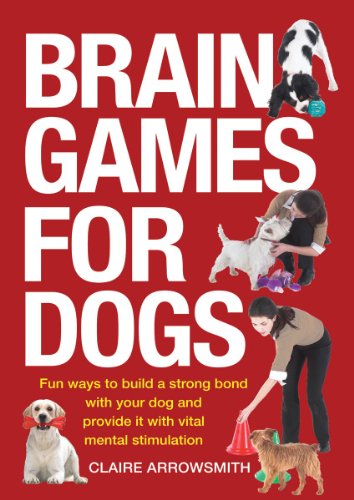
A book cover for Brain Games for Dogs: Fun Ways to Build a Strong Bond with Your Dog and Provide It with Vital Mental Stimulation; Claire Arrowsmith; Crafts, Hobbies & Home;